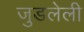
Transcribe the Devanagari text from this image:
जुडलेली